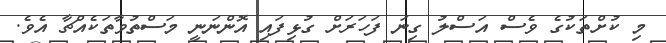
މި ކުށްތަކުގެ ވެސް އަސްލު ގިނަ ފަހަރަށް ގުޅިފައި އޮންނަނީ މަސްތުވާތަކެއްޗާ އެވެ.